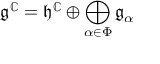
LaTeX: { \mathfrak { g } } ^ { \mathbb { C } } = { \mathfrak { h } } ^ { \mathbb { C } } \oplus \bigoplus _ { \alpha \in \Phi } { \mathfrak { g } } _ { \alpha }